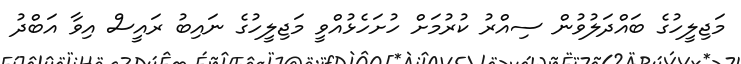
މަޖިލީހުގެ ބައްދަލުވުން ސިއްރު ކުރުމަށް ހުށަހެޅުއްވީ މަޖިލީހުގެ ނައިބު ރައީސް އިވާ އަބްދު